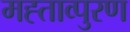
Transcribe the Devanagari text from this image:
मह्ताव्पुरण